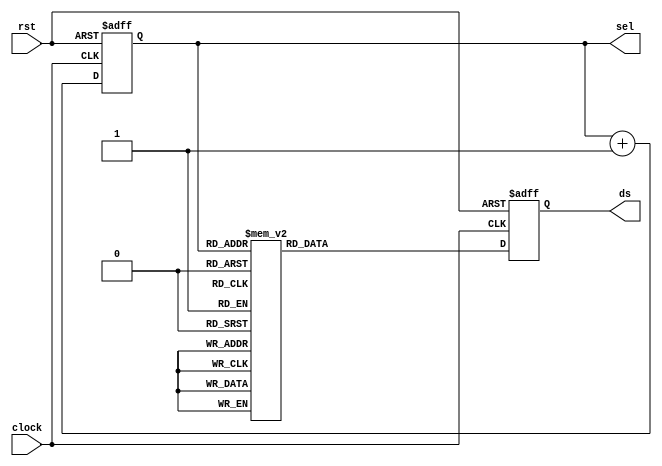
module scanner(rst, clock, ds, sel);
input rst;
input clock;
output reg [7:0] ds;
output reg [2:0] sel;
always @(posedge clock or posedge rst) begin
	if (rst) begin
		// reset
		sel = 0;
		ds = 1;
	end
	else begin
		if (sel == 8) sel <=0;
		else sel <= sel + 1;
		case(sel)
			0:ds = 8'b00000001;
			1:ds = 8'b00000010;
			2:ds = 8'b00000100;
			3:ds = 8'b00001000;
			4:ds = 8'b00010000;
			5:ds = 8'b00100000;
			6:ds = 8'b01000000;
			7:ds = 8'b10000000;
		endcase
	end
end

endmodule